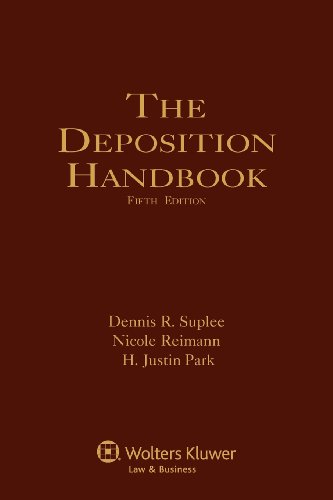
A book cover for Deposition Handbook, Fifth Edition; Dennis R. Suplee; Law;